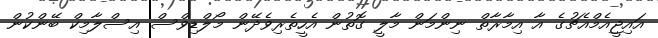
އައިޖީއެމްއެޗުގެ އާ އިމާރާތް ނިންމަން މާލީ ގޮތުން އެހީތެރިވެދޭން މޯލްޑިވްސް އިސްލާމިކް ބޭންކުން